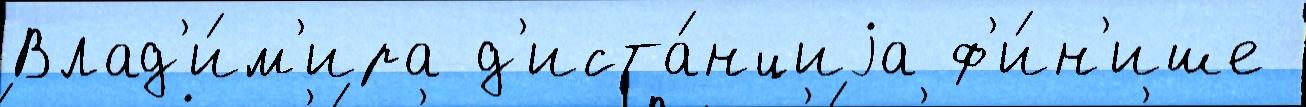
Влад'и́м'ира д'иста́нциjа ф'и́н'ише